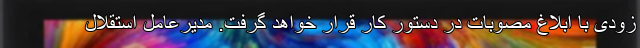
زودی با ابلاغ مصوبات در دستور کار قرار خواهد گرفت. مدیرعامل استقلال